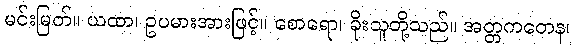
မင်းမြတ်။ ယထာ၊ ဥပမားအားဖြင့်။ စောရော၊ ခိုးသူတို့သည်။ အတ္တကတေန၊